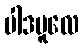
ပါဒမူလေ